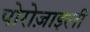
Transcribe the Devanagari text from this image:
पोरोज़ाइली